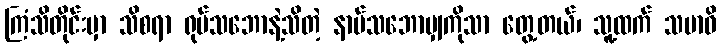
ကြံသိတိုင်းမှာ သိစရာ ရုပ်သဘောနဲ့သိတဲ့ နာမ်သဘောမျှကိုသာ တွေ့တယ်၊ သူ့ထက် သမာဓိ